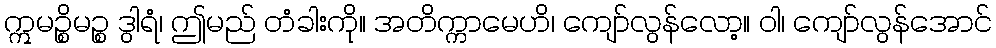
ဣမဉ္စိမဉ္စ ဒွါရံ၊ ဤမည် တံခါးကို။ အတိက္ကာမေဟိ၊ ကျော်လွန်လော့။ ဝါ၊ ကျော်လွန်အောင်